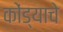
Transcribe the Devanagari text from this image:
कोंड्याचे